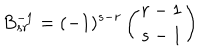
LaTeX: B _ { s r } ^ { - 1 } = ( - 1 ) ^ { s - r } \left( r - 1 \atop { s - 1 } \right)